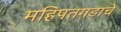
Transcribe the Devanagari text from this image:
महिपतगडाचे